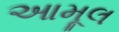
આમૂલ